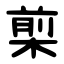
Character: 㮍